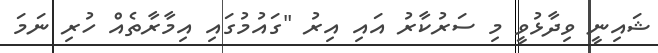
ޝައިނީ ވިދާޅުވީ މި ސަރުކާރު އައި އިރު "ގައުމުގައި އިމާރާތެއް ހުރި ނަމަ